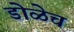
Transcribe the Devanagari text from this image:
डोळेच